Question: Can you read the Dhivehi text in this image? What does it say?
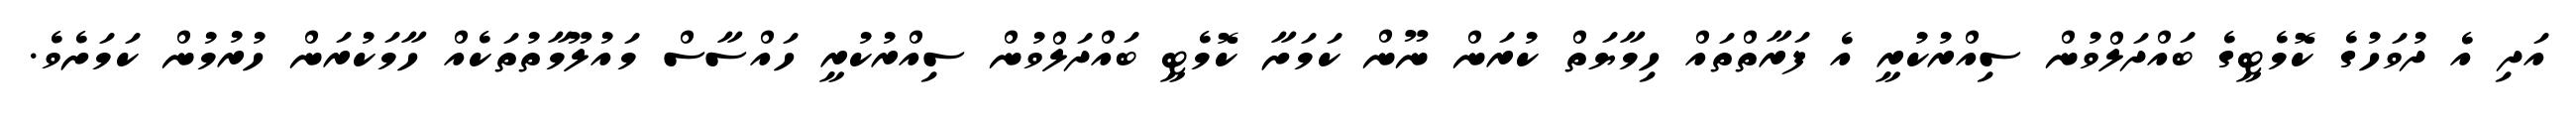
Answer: އަދި އެ ދުވަހުގެ ކޮމެޓީގެ ބައްދަލްވުން ސިއްރުކުރީ އެ ފަރާތްތައް ހިމާޔަތް ކުރަން ނޫން ކަމަށާ ކޮމެޓީ ބައްދަލްވުން ސިއްރުކުރީ ހައްސާސް މައުލޫމާތުތަކެއް ހާމަކުރަން ހުރުމުން ކަމަށެވެ.